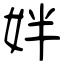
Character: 姅